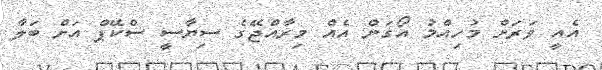
އެއީ ވަރަށް މުހިއްމު އޯގަން އެެއް މިރާއްޖޭގެ ސިޔާސީ ސްކޭޕް އަށް ބަލާ